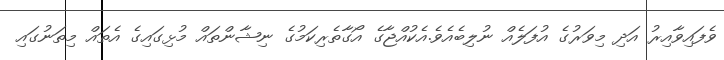
ވެފައިވާއިރު އަދި މިވަރުގެ އުފަލެއް ނުލިބެއެވެ.އެކުއްޖާގެ އޯގާތެރިކަމުގެ ނިޝާންތައް މުޅިގައިގެ އެތައް މިތަނުގައި